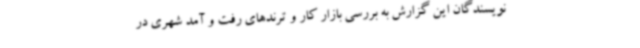
نویسندگان این گزارش به بررسی بازار کار و ترندهای رفت و آمد شهری در